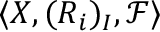
\langle X , ( R _ { i } ) _ { I } , { \mathcal { F } } \rangle